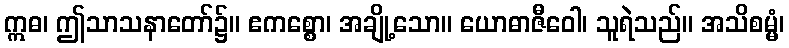
ဣဓ၊ ဤသာသနာတော်၌။ ဧကစ္စော၊ အချို့သော။ ယောဓာဇီဝေါ၊ သူရဲသည်။ အသိစမ္မံ၊